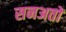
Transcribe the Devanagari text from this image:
सनअतों